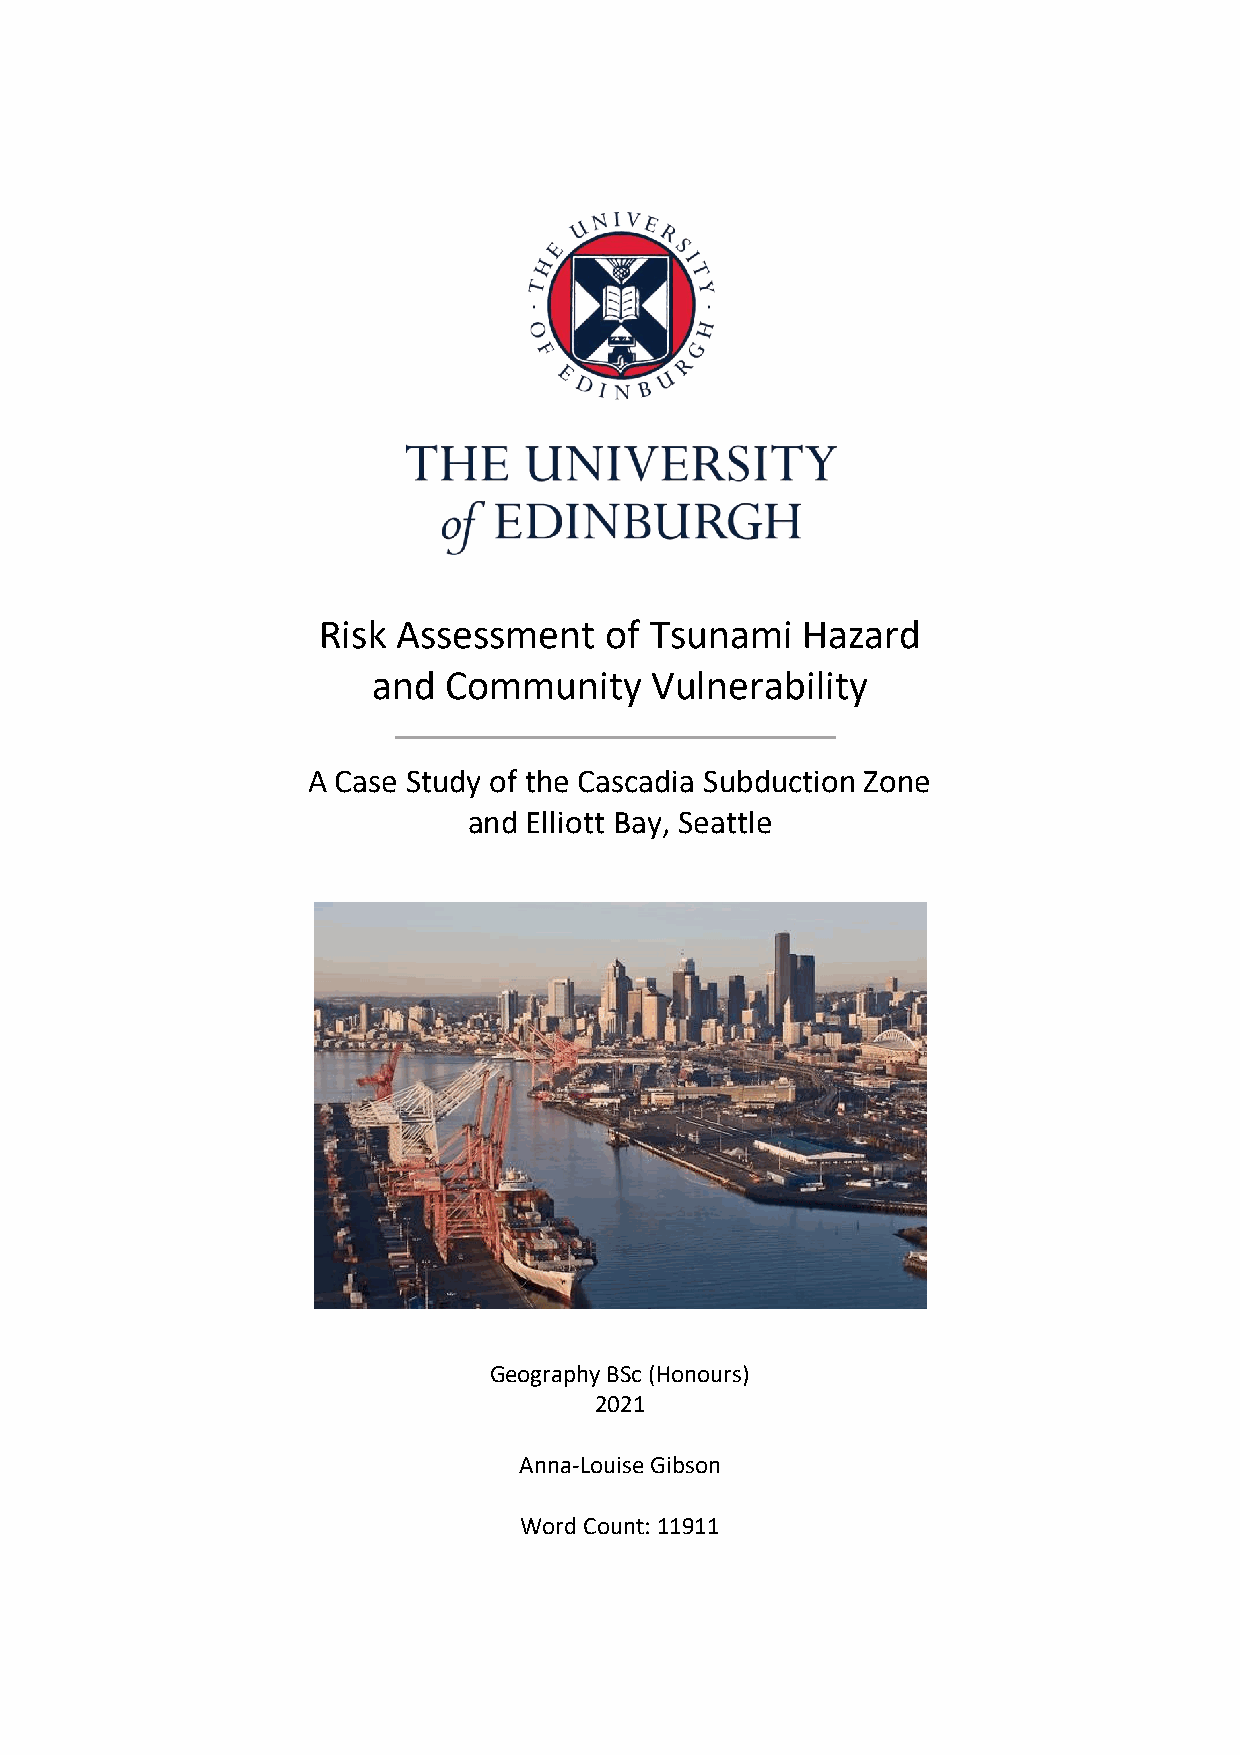
Risk Assessment    of Tsunami   Hazard
 and Community     Vulnerability
 A Case Study of the Cascadia Subduction Zone
 and Elliott Bay, Seattle
 Geography BSc (Honours)
 2021
 Anna-Louise Gibson
 Word Count: 11911